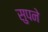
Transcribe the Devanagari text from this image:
सुपने